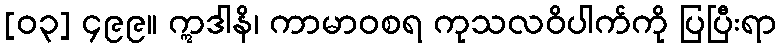
[၀၃] ၄၉၉။ ဣဒါနိ၊ ကာမာဝစရ ကုသလဝိပါက်ကို ပြပြီးရာ